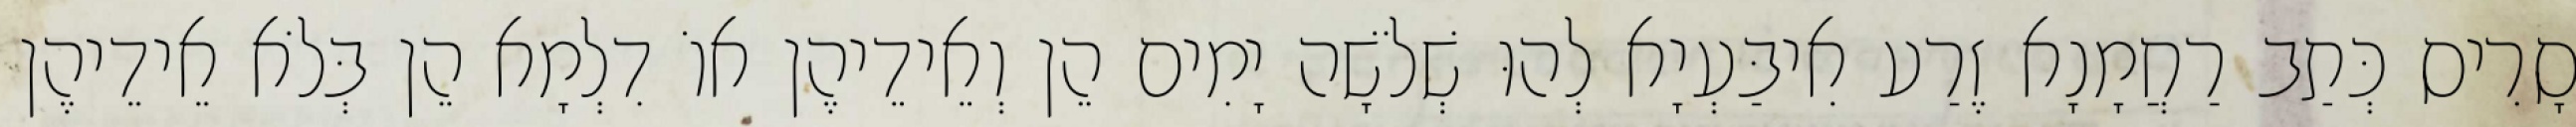
סָרִיס כְּתַב רַחֲמָנָא זֶרַע אִיבַּעְיָא לְהוּ שְׁלֹשָׁה יָמִים הֵן וְאֵידֵיהֶן אוֹ דִלְמָא הֵן בְּלֹא אֵידֵיהֶן